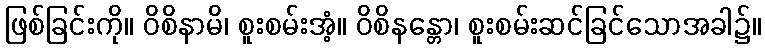
ဖြစ်ခြင်းကို။ ဝိစိနာမိ၊ စူးစမ်းအံ့။ ဝိစိနန္တော၊ စူးစမ်းဆင်ခြင်သောအခါ၌။